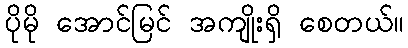
ပိုမို အောင်မြင် အကျိုးရှိ စေတယ်။